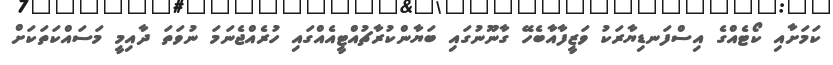
ކަމަށާއި ކޯޓެއްގެ އިސްފަނޑިޔާރަކު ވަޒީފާއާބެހޭ ގާނޫނުގައި ބަޔާންކުރާޗުއްޓީއެއްގައި ހުރެއްޖެނަމަ ނުވަތަ ދާއިމީ މަސައްކަތަކަށް